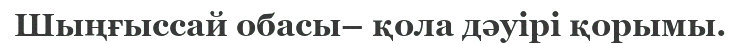
Шыңғыссай обасы– қола дәуірі қорымы.